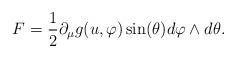
LaTeX: \begin{align*}F=\frac{1}{2}\partial_{\mu}g(u, \varphi)\sin(\theta)d\varphi\wedge d\theta. \end{align*}